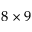
8 \times 9